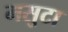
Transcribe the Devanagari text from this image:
मसुटा